Civil Veterinary Department. Madras. Admin. report 1926-33 - 1926-1933
Year: 1926
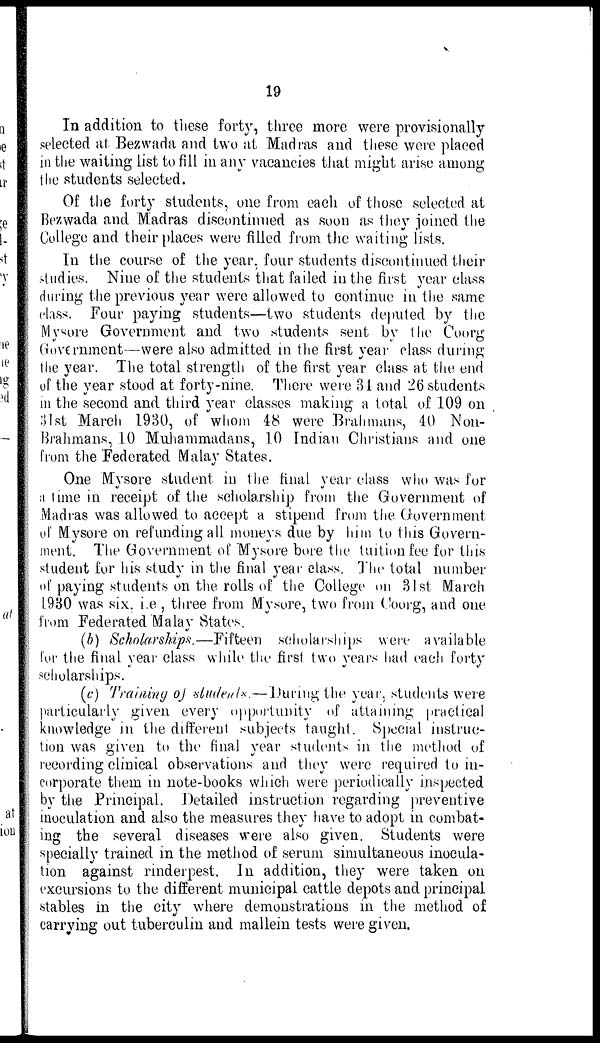
19
In addition to these forty, three more were provisionally-
selected at Bezwada and two at Madras and these were placed
in the waiting list to fill in any vacancies that might arise among
the students selected.
Of the forty students, one from each of those selected at
Bezwada and Madras discontinued as soon as they joined the
College and their places were filled from the waiting lists.
In the course of the year, four students discontinued their
studies. Nine of the students that failed in the first year class
during the previous year were allowed to continue in the same
class. Four paying students—two students deputed by the
Mysore Government and two students sent by the Coorg
Government—were also admitted in the first year class during
the year. The total strength of the first year class at the end
of the year stood at forty-nine. There were 31 and 26 students
in the second and third year classes making a total of 109 on
3lst March 1930, of whom 48 were Brahmans, 40 Non-
Brahmans, 10 Muhammadans, 10 Indian Christians and one
from the Federated Malay States.
One Mysore student in the final year class who was fur
a time in receipt of the scholarship from the Government of
Madras was allowed to accept a stipend from the Government
of Mysore on refunding all moneys due by him to this Govern-
ment. The Government of Mysore bore the tuition fee for this
student for his study in the final year class. The total number
of paying students on the rolls of the College on 31st March
1930 was six, i.e , three from Mysore, two from Coorg, and one
from Federated Malay States.
(b) Scholarships.—Fifteen scholarships were available
for the final year class while the first two years had each forty
scholarships.
(c) Training of students.—During the year, students were
particularly given every opportunity of attaining practical
knowledge in the different subjects taught. Special instruc-
tion was given to the final year students in the method of
recording clinical observations and they were required to in-
corporate them in note-books which were periodically inspected
by the Principal. Detailed instruction regarding preventive
inoculation and also the measures they have to adopt in combat-
ing the several diseases were also given. Students were
specially trained in the method of serum simultaneous inocula-
tion against rinderpest. In addition, they were taken on
excursions to the different municipal cattle depots and principal
stables in the city where demonstrations in the method of
carrying out tuberculin and mallein tests were given.